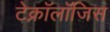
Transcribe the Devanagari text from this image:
टेक्नॉलॉजिस